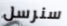
سنرسل